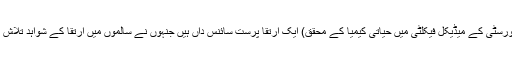
ڈاکٹر کرسچین شوابے (ساؤتھ کیرولینا یونیورسٹی کے میڈیکل فیکلٹی میں حیاتی کیمیا کے محقق) ایک ارتقا پرست سائنس داں ہیں جنہوں نے سالموں میں ارتقا کے شواہد تلاش کرنے کے لیے کئی برس صرف کیے ہیں۔